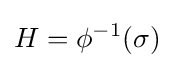
H=\phi ^{-1}(\sigma )